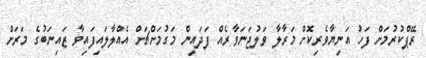
ރޭޕްކުރުމަށް ފަހު އަނިޔާވެރިކޮށް މަރާލާ ވަލުޖަނަވާރެއް ފަދައިން މަގުމަށްޗަށް އެއްލާލައިފައިިވާ ޒައިނަބުގެ މަރަށް